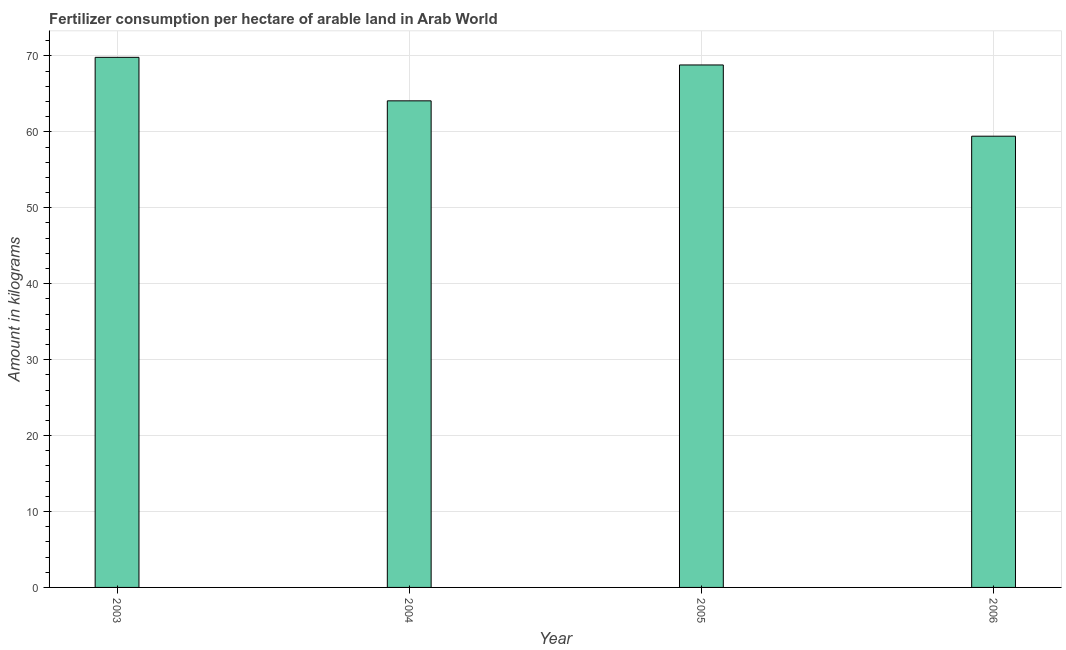
| Year | Fertilizer consumption |
 | --- | --- |
 | 2003 | 69.8 |
 | 2004 | 64.1 |
 | 2005 | 68.8 |
 | 2006 | 59.4 |